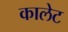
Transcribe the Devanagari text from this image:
कालेट